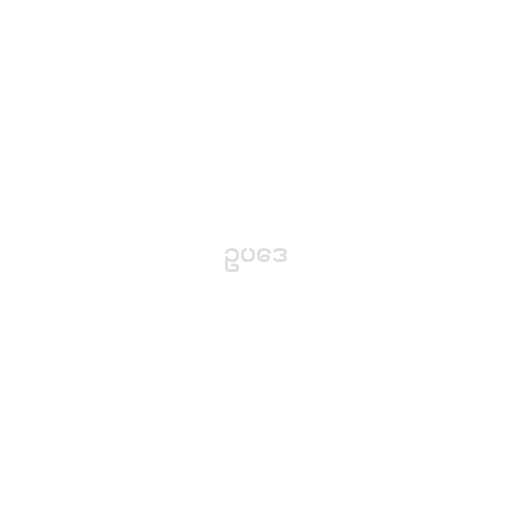
ဥပဒေ